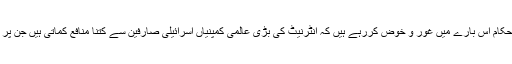
رپورٹ کے مطابق ٹیکس حکام اس بارے میں غور و خوض کررہے ہیں کہ انٹرنیٹ کی بڑی عالمی کمپنیاں اسرائیلی صارفین سے کتنا منافع کماتی ہیں جن پر ٹیکس عائد کیا جاسکتا ہے۔